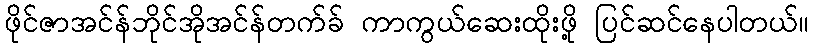
ဖိုင်ဇာအင်န်ဘိုင်အိုအင်န်တက်ခ် ကာကွယ်ဆေးထိုးဖို့ ပြင်ဆင်နေပါတယ်။